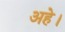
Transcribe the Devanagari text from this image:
अहे।